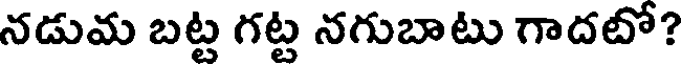
నడుమ బట్ట గట్ట నగుబాటు గాదటో?